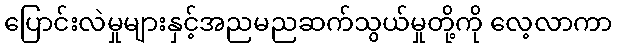
ပြောင်းလဲမှုများနှင့်အညမညဆက်သွယ်မှုတို့ကို လေ့လာကာ